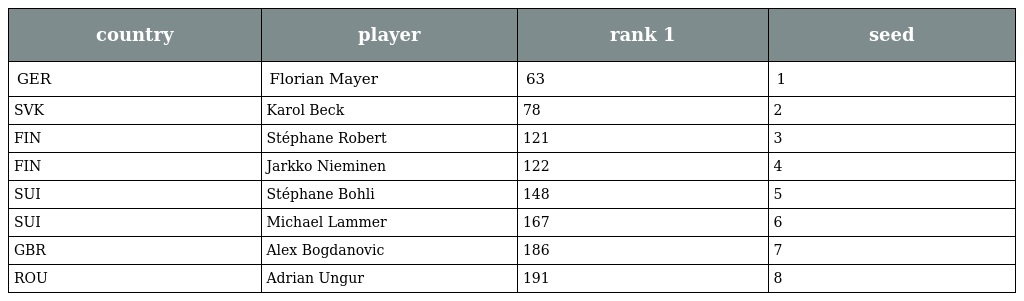
| country | player | rank 1 | seed |
 | --- | --- | --- | --- |
 | GER | Florian Mayer | 63 | 1 |
 | SVK | Karol Beck | 78 | 2 |
 | FIN | Stéphane Robert | 121 | 3 |
 | FIN | Jarkko Nieminen | 122 | 4 |
 | SUI | Stéphane Bohli | 148 | 5 |
 | SUI | Michael Lammer | 167 | 6 |
 | GBR | Alex Bogdanovic | 186 | 7 |
 | ROU | Adrian Ungur | 191 | 8 |